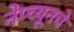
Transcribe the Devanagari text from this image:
नेप्च्यूनचे